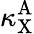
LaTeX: \kappa_{\mathrm{X}}^{\mathrm{A}}